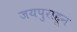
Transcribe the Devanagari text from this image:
जयपुराहून